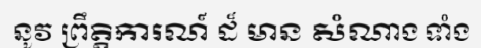
នូវ ព្រឹត្តិការណ៍ ដ៏ មាន សំណាង ទាំង